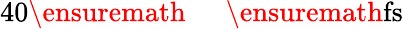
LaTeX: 40\ensuremath{\mathrm{~\textrm~{~\, ~}~}}\ensuremath{\mathrm{fs}}